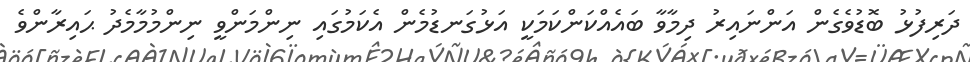
ދަރިފުޅު ބޮޑުވެގެން އަންނައިރު ދިމާވާ ބައެއްކަންކަމަކީ އަޅުގަނޑުމެން އެކަމުގައި ނިންމަންވީ ނިންމުމާމެދު ޙައިރާންވެ